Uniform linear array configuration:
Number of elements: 64
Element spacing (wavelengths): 0.25
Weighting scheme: exponential
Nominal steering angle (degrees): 60
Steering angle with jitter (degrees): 59.706
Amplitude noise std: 0.05
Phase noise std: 0.05

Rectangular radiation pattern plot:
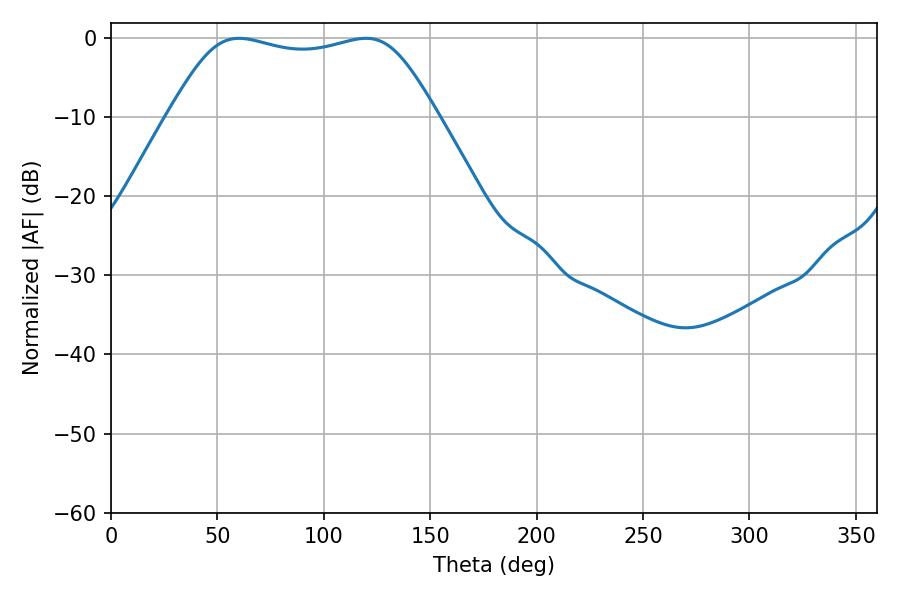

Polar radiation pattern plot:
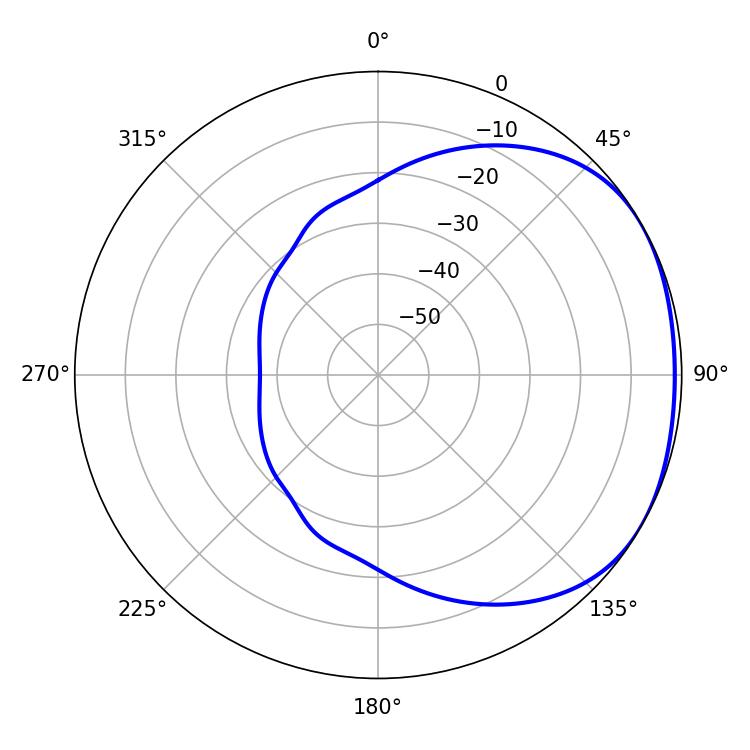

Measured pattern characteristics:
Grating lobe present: FALSE
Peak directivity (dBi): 1.716
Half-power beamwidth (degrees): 96.12
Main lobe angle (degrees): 60.12